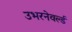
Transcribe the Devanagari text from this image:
उभरनेवर्ल्ड